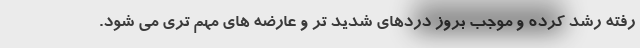
رفته رشد کرده و موجب بروز دردهای شدید تر و عارضه های مهم تری می شود.